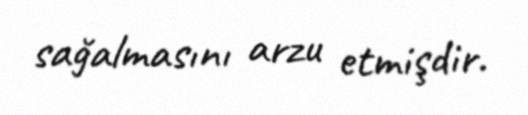
sağalmasını arzu etmişdir.